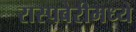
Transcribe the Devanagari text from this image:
रास्पबेरीमध्ये